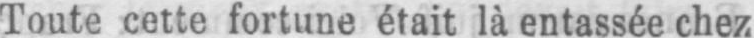
Toute cette fortune était là entassée chez